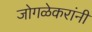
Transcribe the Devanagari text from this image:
जोगळेकरांनी